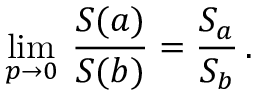
\operatorname * { l i m } _ { p \to 0 } \: \frac { S ( a ) } { S ( b ) } = \frac { S _ { a } } { S _ { b } } \, .